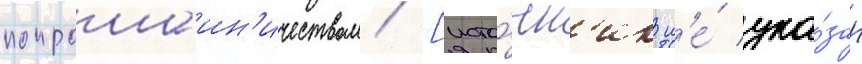
попрошаин'ичеством [исто́чн'ик н'е́ ука́зан